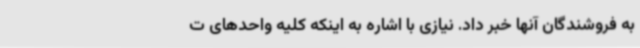
به فروشندگان آنها خبر داد. نیازی با اشاره به اینکه کلیه واحدهای ت